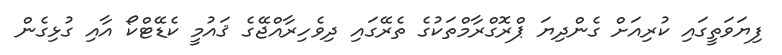
ފިޔަވަތީގައި ކުރިއަށް ގެންދިޔަ ޕްރޮގްރާމްތަކުގެ ތެރޭގައި ދިވެހިރާއްޖޭގެ ޤައުމީ ކެޑޭޓްކޯ އާއި ގުޅިގެން